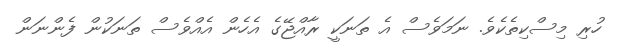
ހުރި މިސްކިތެކެވެ. ނަމަވެސް އެ ތަނަކީ ރާއްޖޭގެ އެހެން އެއްވެސް ތަނަކުން ފެންނަން